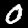
Digit: 0